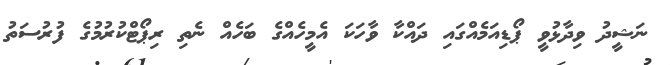
ނަޝީދު ވިދާޅުވީ ޕޯޑިއަމެއްގައި ދައްކާ ވާހަކަ އެމީހެއްގެ ބަހެއް ނެތި ރިޕޯޓްކުރުމުގެ ފުރުސަތު